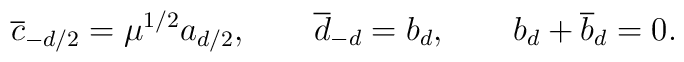
{\overline c}_{-d/2} = \mu^{1/2} a_{d/2},\qquad {\overline d}_{-d}= b_d,\qquad b_d+{\overline b_d}=0.